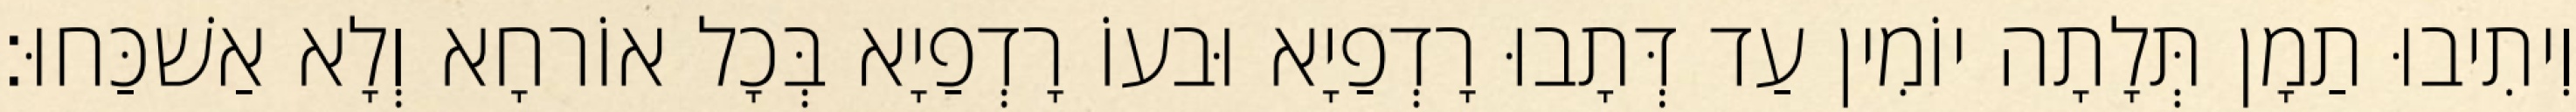
וִיתִיבוּ תַמָן תְּלָתָה יוֹמִין עַד דְּתָבוּ רָדְפַיָא וּבעוֹ רָדְפַיָא בְּכָל אוֹרחָא וְלָא אַשׁכַּחוּ׃